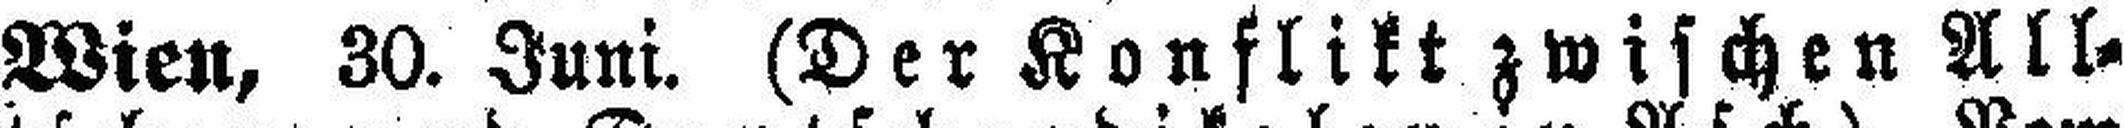
Wien, 30. Juni. (Der Konflikt zwischen All¬